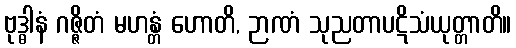
ဗုဒ္ဓါနံ ဂဇ္ဇိတံ မဟန္တံ ဟောတိ, ဉာဏံ သုညတာပဋိသံယုတ္တာတိ။